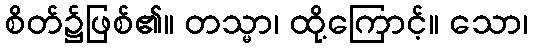
စိတ်၌ဖြစ်၏။ တသ္မာ၊ ထို့ကြောင့်။ သော၊